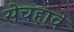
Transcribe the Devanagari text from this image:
सेचहावे